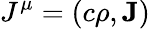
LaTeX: J^{\mu}=\left(c\rho,\mathbf{J}\right)